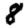
Digit: 8